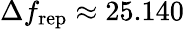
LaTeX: \Delta f_{\mathrm{rep}}\approx 25.140